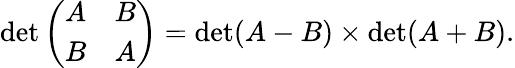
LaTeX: \operatorname*{det}{\left(\begin{array}{ll}{A}&{B}\\ {B}&{A}\end{array}\right)}=\operatorname*{det}(A-B)\times\operatorname*{det}(A+B).